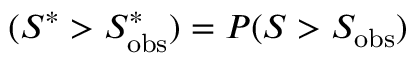
( S ^ { \ast } > S _ { \mathrm { o b s } } ^ { \ast } ) = P ( S > S _ { \mathrm { o b s } } )